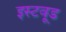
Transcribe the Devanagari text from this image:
इस्टवूड